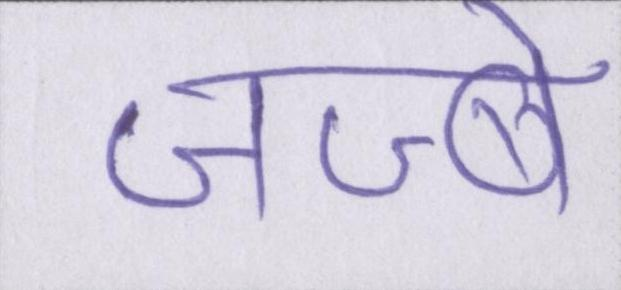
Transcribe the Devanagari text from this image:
जज्बे